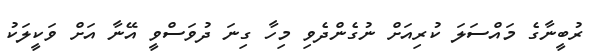
ރުބީނާގެ މައްސަލަ ކުރިއަށް ނުގެންދެވި މިހާ ގިނަ ދުވަސްވީ އޭނާ އަށް ވަކީލަކު